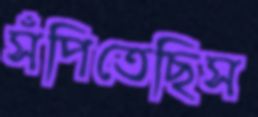
সঁপিতেছিস